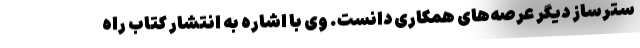
سترساز دیگر عرصه‌های همکاری دانست. وی با اشاره به انتشار کتاب راه